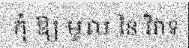
កុំ ឱ្យ មូល នៃ វិវាទ